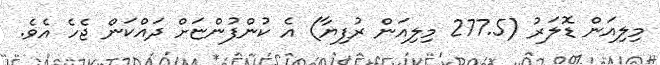
މިލިއަން ޑޮލަރު (277.5 މިލިއަން ރުފިޔާ) އެ ކުންފުންޏަށް ދައްކަން ޖެހެ އެވެ.